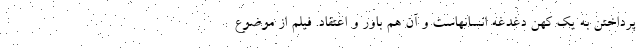
پرداختن به یک کهن دغدغه انسانهاست و آن هم باور و اعتقاد. فیلم از موضوع